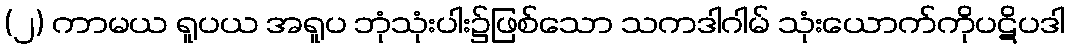
(၂) ကာမယ ရူပယ အရူပ ဘုံသုံးပါး၌ဖြစ်သော သကဒါဂါမ် သုံးယောက်ကိုပဋိပဒါ